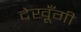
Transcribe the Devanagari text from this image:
देखूँगी